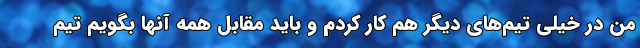
من در خیلی تیم‌های دیگر هم کار کردم و باید مقابل همه آنها بگویم تیم